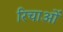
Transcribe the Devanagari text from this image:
रिचाओं